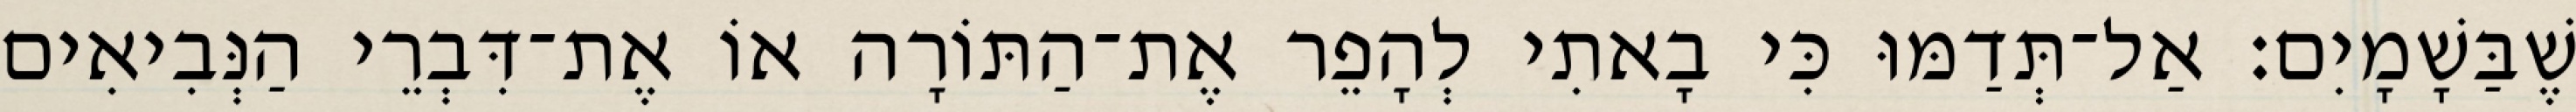
שֶׁבַּשָׁמָיִם׃ אַל־תְּדַמּוּ כִּי בָאתִי לְהָפֵר אֶת־הַתּוֹרָה אוֹ אֶת־דִּבְרֵי הַנְּבִיאִים